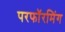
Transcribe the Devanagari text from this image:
परफॉरमिंग